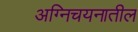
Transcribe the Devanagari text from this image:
अग्निचयनातील